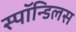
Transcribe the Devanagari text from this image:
स्पॉन्डिलस